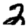
Digit: 2